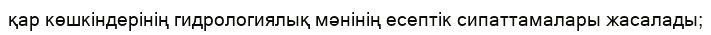
қар көшкіндерінің гидрологиялық мәнінің есептік сипаттамалары жасалады;